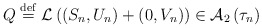
\begin{align*}Q\stackrel{\rm def}{=}{\cal L}\left( \left( S_{n},U_{n}\right) +\left(0,V_{n}\right) \right) \in {\cal A}_{2}\left( \tau _{n}\right) \end{align*}